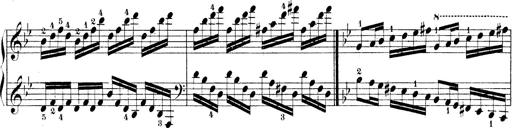
Title: Technische Studien
Composer: Franz Liszt